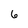
Character: 6